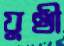
যুথী